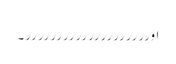
اورررررررررررررررررررر۔